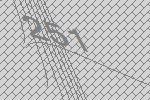
251